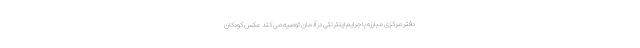
دفتر مرکزی مبارزه با جرایم اینترنتی در آلمان توصیه می کند عکس کودکان